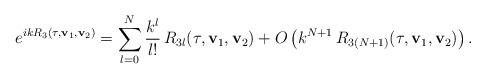
LaTeX: \begin{align*} e^{ikR_3(\tau,\mathbf{v}_1,\mathbf{v}_2)}=\sum_{l=0}^N\frac{k^l}{l!}\,R_{3l}(\tau,\mathbf{v}_1,\mathbf{v}_2)+ O\left(k^{N+1}\,R_{3(N+1)}(\tau,\mathbf{v}_1,\mathbf{v}_2)\right).\end{align*}